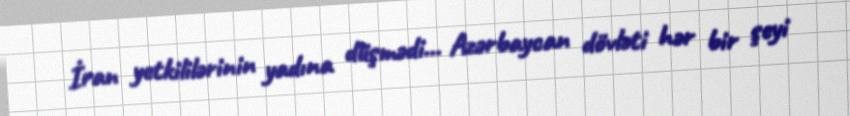
İran yetkililərinin yadına düşmədi... Azərbaycan dövləti hər bir şeyi